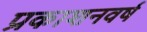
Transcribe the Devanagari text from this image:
प्रकाशनवर्ष